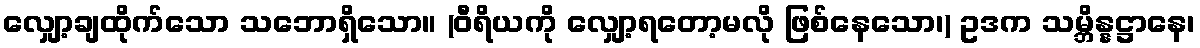
လျှော့ချထိုက်သော သဘောရှိသော။ (ဝီရိယကို လျှော့ရတော့မလို ဖြစ်နေသော၊) ဥဒက သမ္ဘိန္နဋ္ဌာနေ၊